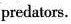
predalors.